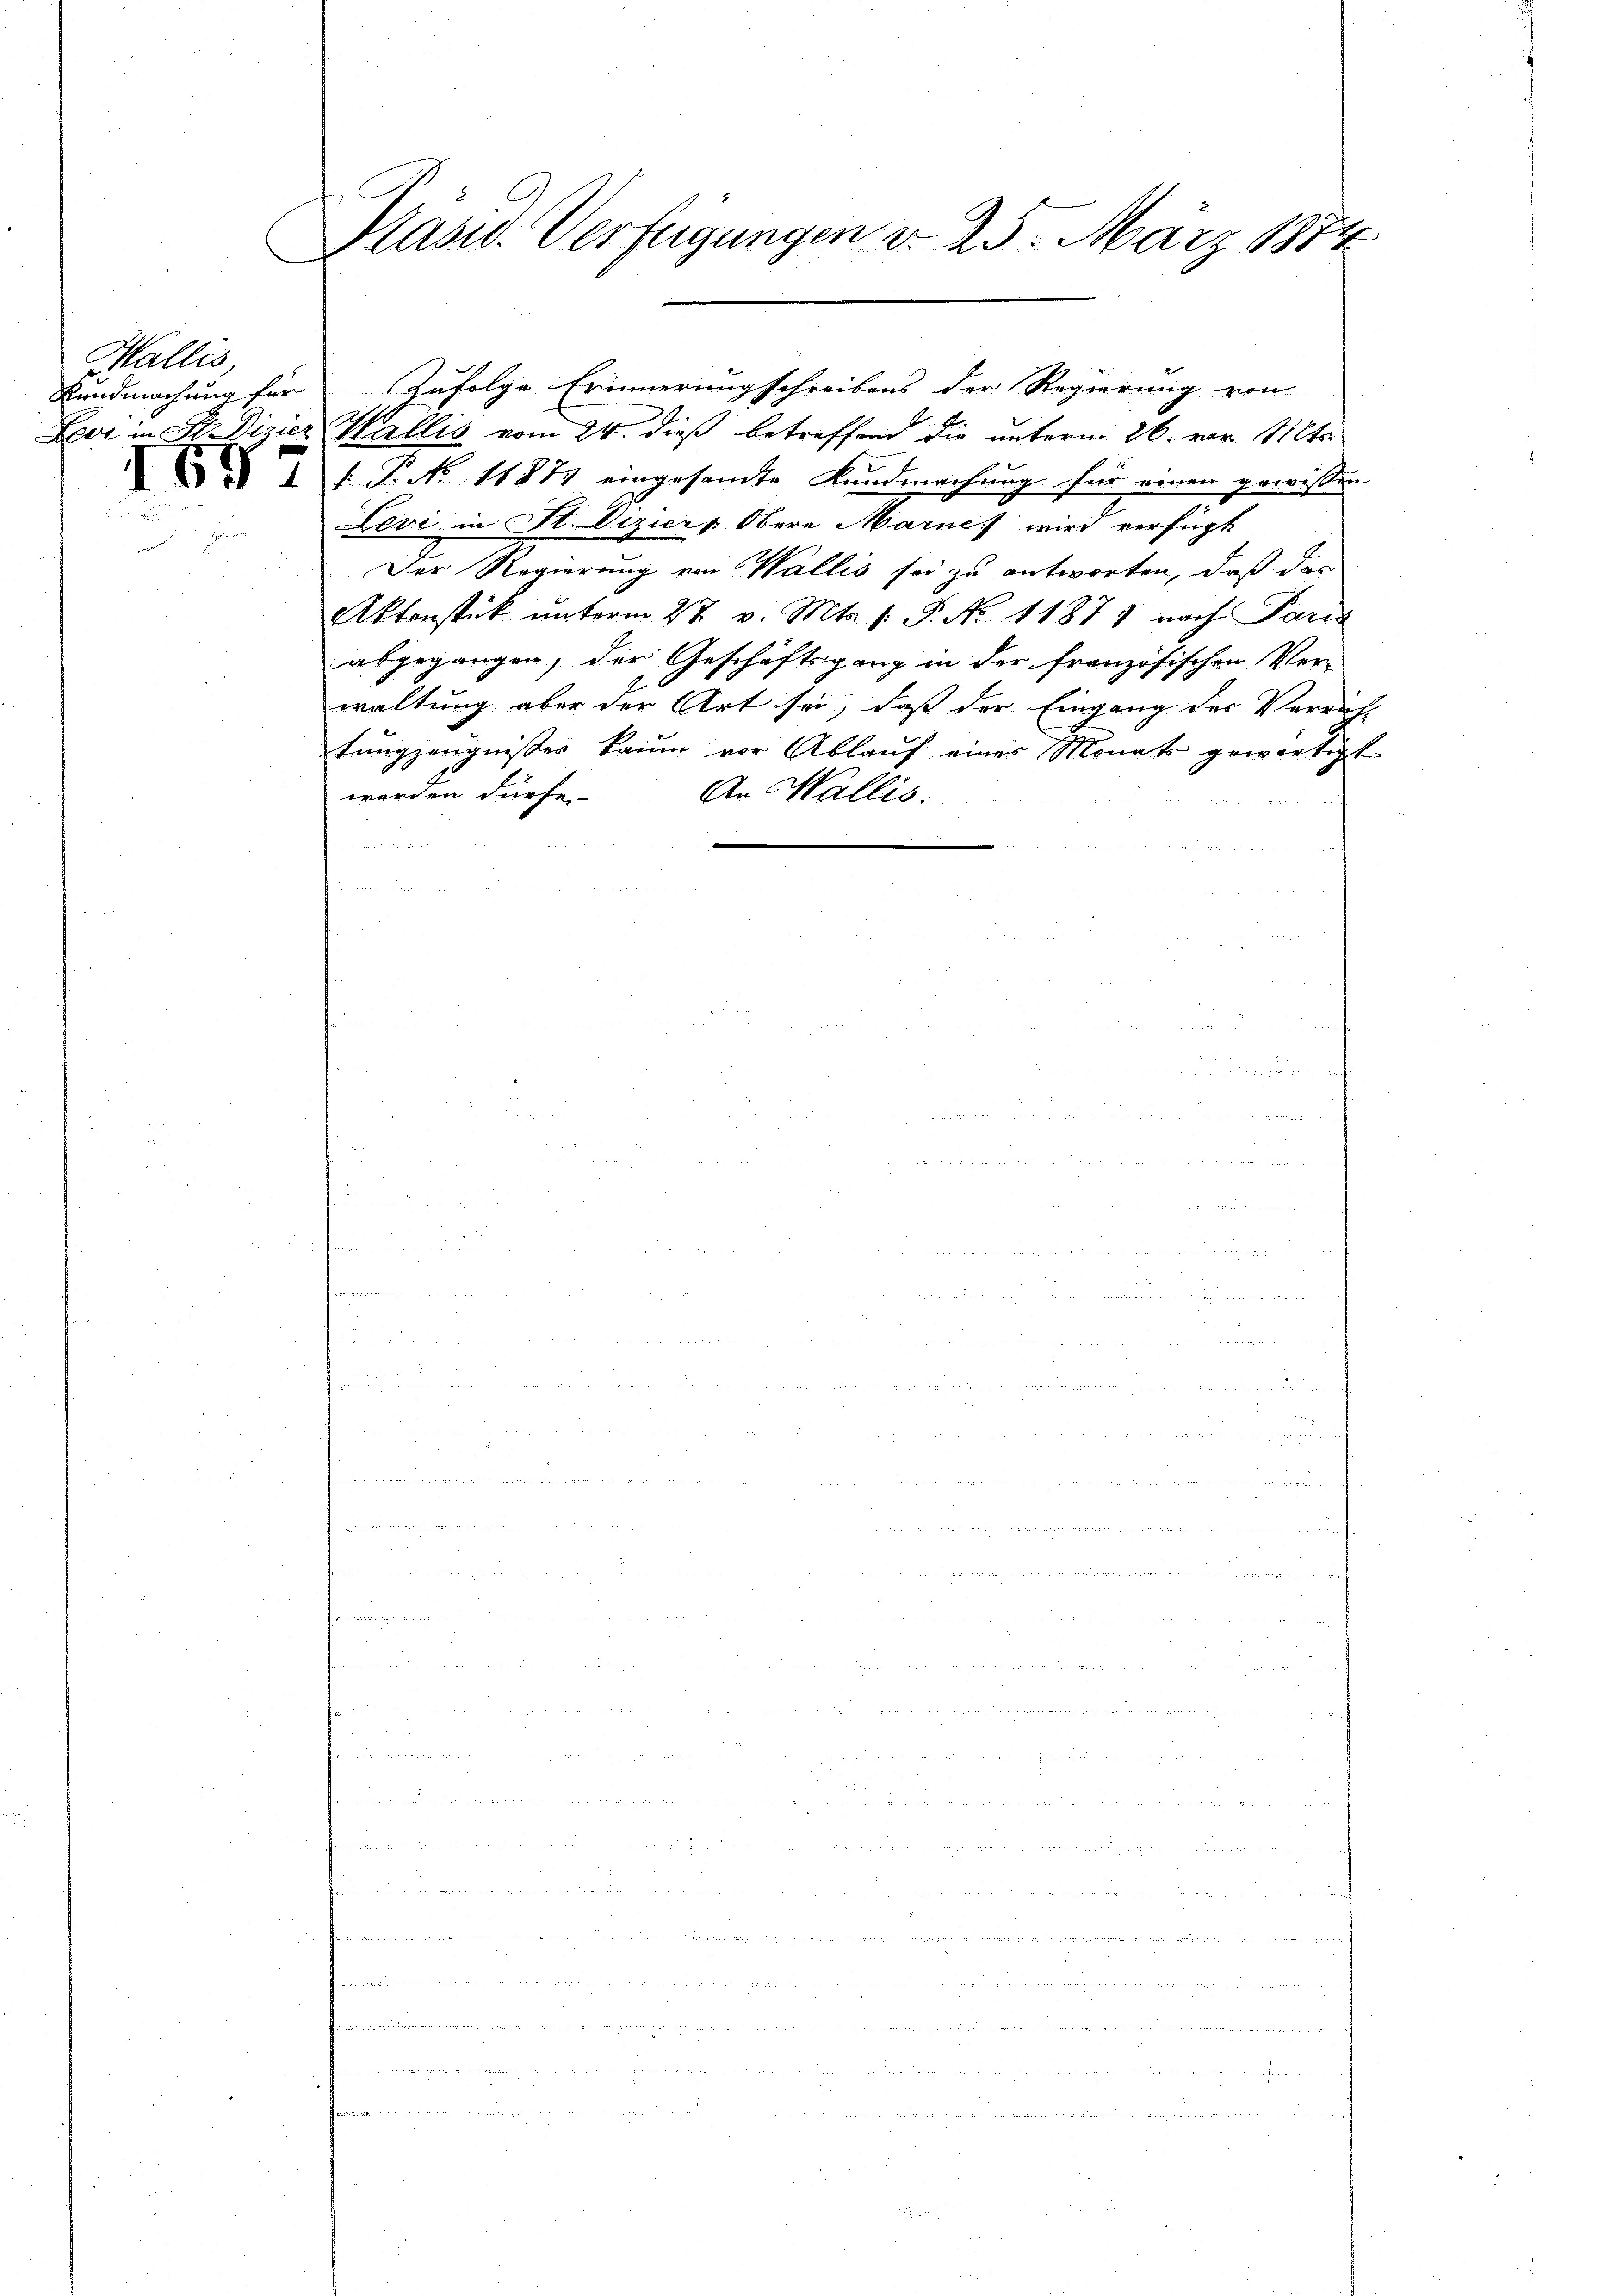
Wallis,
Lovi in St. Vizier

1697

Plasur. Verfügungen d. 25. März 1874

Kundmachung für zufolge Erinnerungschreibens der Regierung von
Wallis vom 24. dieß betreffend die unterm 26. vor St
 P. No 11873 eingesandte Kundmachung für einen gewissen
Levi in St. Vizier Obere Marie wird verfügt
Der Regierung von Wallis sei zu antworten, daß das
Aktenstück unterm 27. v. Mts. s. S. Nr. 11871 nach Paris
abgegangen, der Geschäftsgang in der französischen Ver-
waltung aber der Art sei, daß der Eingang des Verricht
tungzeugnisser kaum vor Ablauf eines Monats gewärtigt
werden dürfe.
An Wallis.